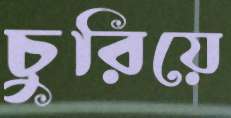
চুরিয়ে